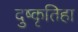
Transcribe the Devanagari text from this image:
दुष्कृतिहा